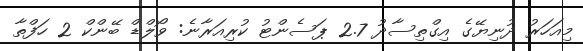
މިއަހަރު ދުނިޔޭގެ އިގްތިސާދު 2.7 ޕަސެންޓު ކުރިއަރާނެ: ވޯލްޑް ބޭންކް 2 ހަފްތާ